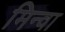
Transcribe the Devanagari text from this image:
मिन्वा